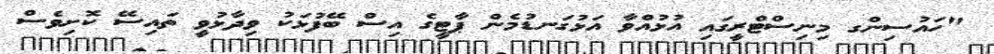
"ހައުސިންގ މިނިސްޓްރީގައި އުޅުއްވާ އަޅުގަނޑުމެން ޕާޓީގެ އިސް ބޭފުޅަކު ވިދާޅުވީ ތައިސޭ ކޮށިވެސް